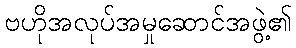
ဗဟိုအလုပ်အမှုဆောင်အဖွဲ့၏